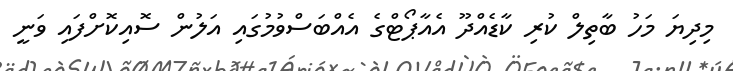
މިދިޔަ މަހު ބާތިލް ކުރި ކާޑެއްދޫ އެއާޕޯޓްގެ އެއްބަސްވުމުގައި އަލުން ސޮއިކޮށްފައި ވަނީ